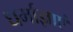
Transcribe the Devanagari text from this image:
धर्माज्ञाएं